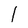
Character: l